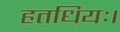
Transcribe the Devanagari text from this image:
हतधियः।